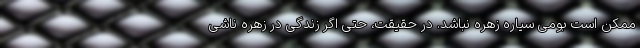
ممکن است بومی سیاره زهره نباشد. در حقیقت، حتی اگر زندگی در زهره ناشی